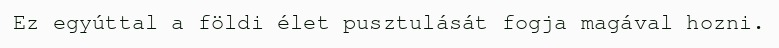
Ez egyúttal a földi élet pusztulását fogja magával hozni.